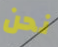
نحن